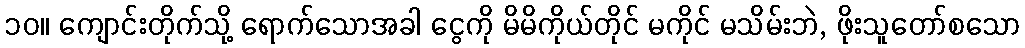
၁၀။ ကျောင်းတိုက်သို့ ရောက်သောအခါ ငွေကို မိမိကိုယ်တိုင် မကိုင် မသိမ်းဘဲ, ဖိုးသူတော်စသော